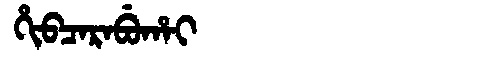
Manchu: ᡥᡳᠪᠴᠠᡵᠠᠪᡠᡥᠠᡳ
Romanization: HIBCARABUHAI